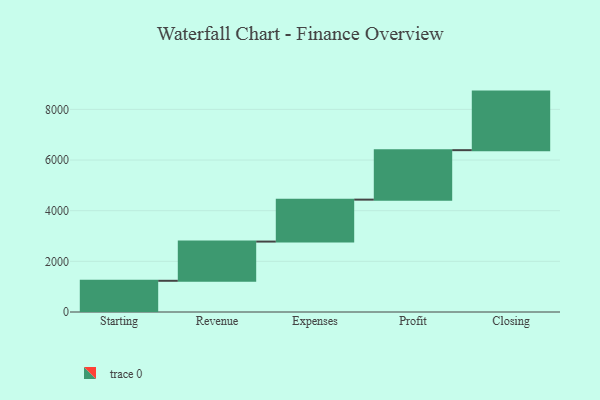
{"axis": {"x": "Step", "y": "Value"}, "legend": [""], "data": [{"x": "Starting", "y": 1232.0, "type": ""}, {"x": "Revenue", "y": 1548.0, "type": ""}, {"x": "Expenses", "y": 1656.0, "type": ""}, {"x": "Profit", "y": 1953.0, "type": ""}, {"x": "Closing", "y": 2312.0, "type": ""}]}